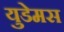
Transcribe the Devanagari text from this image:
युडेमस